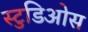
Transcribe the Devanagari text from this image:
स्टुडिओस